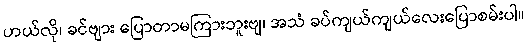
ဟယ်လို၊ ခင်ဗျား ပြောတာမကြားဘူးဗျ၊ အသံ ခပ်ကျယ်ကျယ်လေးပြောစမ်းပါ။